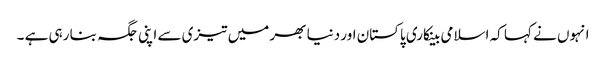
انہوں نے کہا کہ اسلامی بینکاری پاکستان اور دنیا بھر میں تیزی سے اپنی جگہ بنا رہی ہے ۔